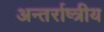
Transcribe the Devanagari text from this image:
अन्तर्राष्त्रीय